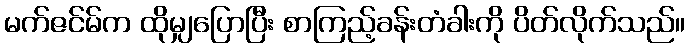
မက်ဇင်မ်က ထိုမျှပြောပြီး စာကြည့်ခန်းတံခါးကို ပိတ်လိုက်သည်။